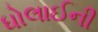
ધોલાઈની